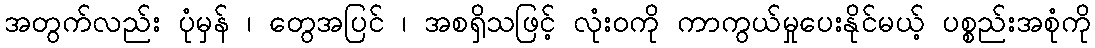
အတွက်လည်း ပုံမှန် ၊ တွေအပြင် ၊ အစရှိသဖြင့် လုံးဝကို ကာကွယ်မှုပေးနိုင်မယ့် ပစ္စည်းအစုံကို